Indian journal of veterinary science and animal husbandry - Volume 4,
Year: 1934
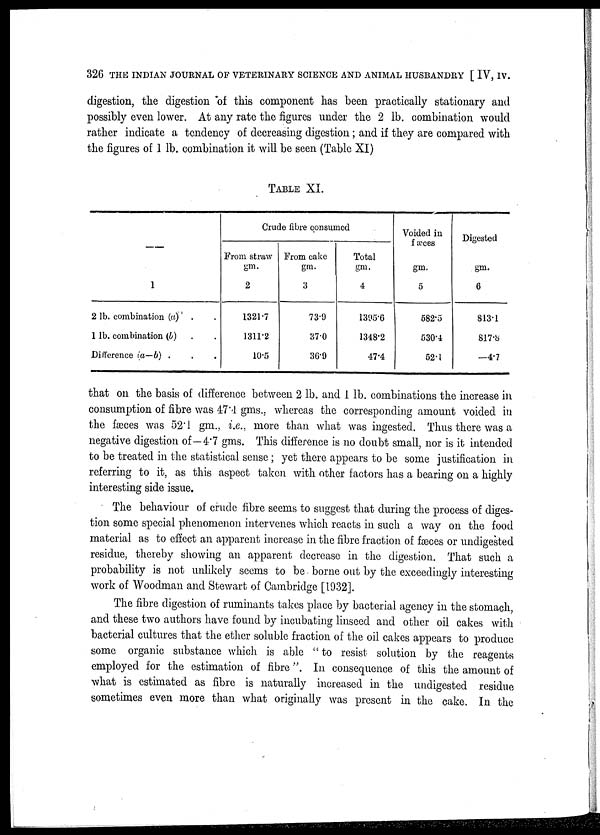
326 THE INDIAN JOURNAL OF VETERINARY SCIENCE AND ANIMAL HUSBANDRY [ IV, IV.
digestion, the digestion of this component has been practically stationary and
possibly even lower. At any rate the figures under the 2 lb. combination would
rather indicate a tendency of decreasing digestion ; and if they are compared with
the figures of 1 lb. combination it will be seen (Table XI)
TABLE XI.
——
1
2 lb. combination (a) . .
1 lb. combination (b) . .
Difference (a—b) . .
Crude fibre consumed
From straw
gm.
2
1321.7
1311.2
10.5
From cake
gm.
3
73.9
37.0
36.9
Total
gm.
4
1395.6
1348.2
47.4
Voided in
fæces
gm.
5
582.5
530.4
52.1
Digested
gm.
6
813.1
817.8
—4.7
that on the basis of difference between 2 lb. and 1 lb. combinations the increase in
consumption of fibre was 47.4 gms., whereas the corresponding amount voided in
the fæces was 52.1 gm., i.e., more than what was ingested. Thus there was a
negative digestion of—4 . 7 gms. This difference is no doubt small, nor is it intended
to be treated in the statistical sense ; yet there appears to be some justification in
referring to it, as this aspect taken with other factors has a bearing on a highly
interesting side issue.
The behaviour of crude fibre seems to suggest that during the process of diges-
tion some special phenomenon intervenes which reacts in such a way on the food
material as to effect an apparent increase in the fibre fraction of fæces or undigested
residue, thereby showing an apparent decrease in the digestion. That such a
probability is not unlikely seems to be borne out by the exceedingly interesting
work of Woodman and Stewart of Cambridge [1932].
The fibre digestion of ruminants takes place by bacterial agency in the stomach,
and these two authors have found by incubating linseed and other oil cakes with
bacterial cultures that the ether soluble fraction of the oil cakes appears to produce
some organic substance which is able "to resist solution by the reagents
employed for the estimation of fibre". In consequence of this the amount of
what is estimated as fibre is naturally increased in the undigested residue
sometimes even more than what originally was present in the cake. In the